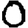
Digit: 0